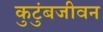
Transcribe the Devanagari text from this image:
कुटुंबजीवन